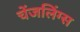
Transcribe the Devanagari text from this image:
चेंजलिंग्स